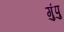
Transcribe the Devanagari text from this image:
गुंपु